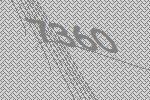
7360